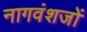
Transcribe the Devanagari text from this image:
नागवंशजों